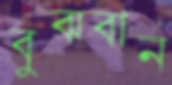
বুঝবান